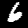
Label: 6